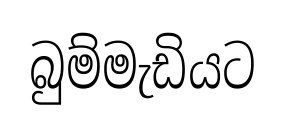
බුම්මැඩියට